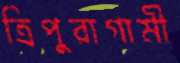
ত্রিপুরাগামী